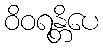
ဝိဝရန္တိပေ